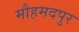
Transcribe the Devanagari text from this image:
मौहमदपुर